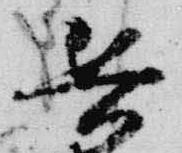
兵